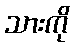
သားကို